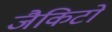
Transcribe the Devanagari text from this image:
जैकिटों